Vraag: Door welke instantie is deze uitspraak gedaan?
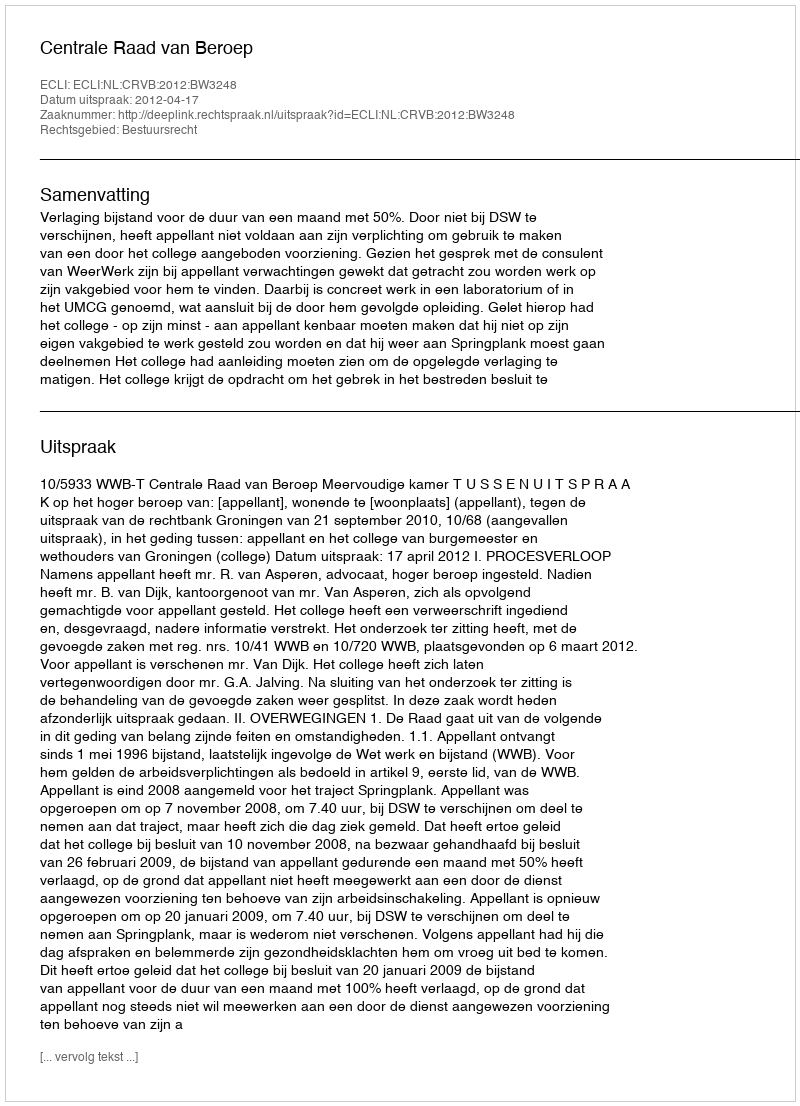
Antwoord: Centrale Raad van Beroep